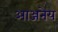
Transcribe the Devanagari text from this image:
आञ्जनेय